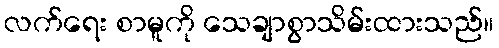
လက်ရေး စာမူကို သေချာစွာသိမ်းထားသည်။